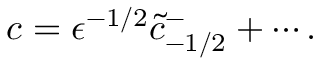
c = \epsilon ^ { - 1 / 2 } \tilde { c } _ { - 1 / 2 } ^ { - } + \cdots .